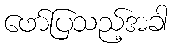
ဖော်ပြသည့်အခါ